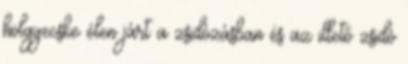
hölgyecske élen járt a zsidózásban és az illető zsidó